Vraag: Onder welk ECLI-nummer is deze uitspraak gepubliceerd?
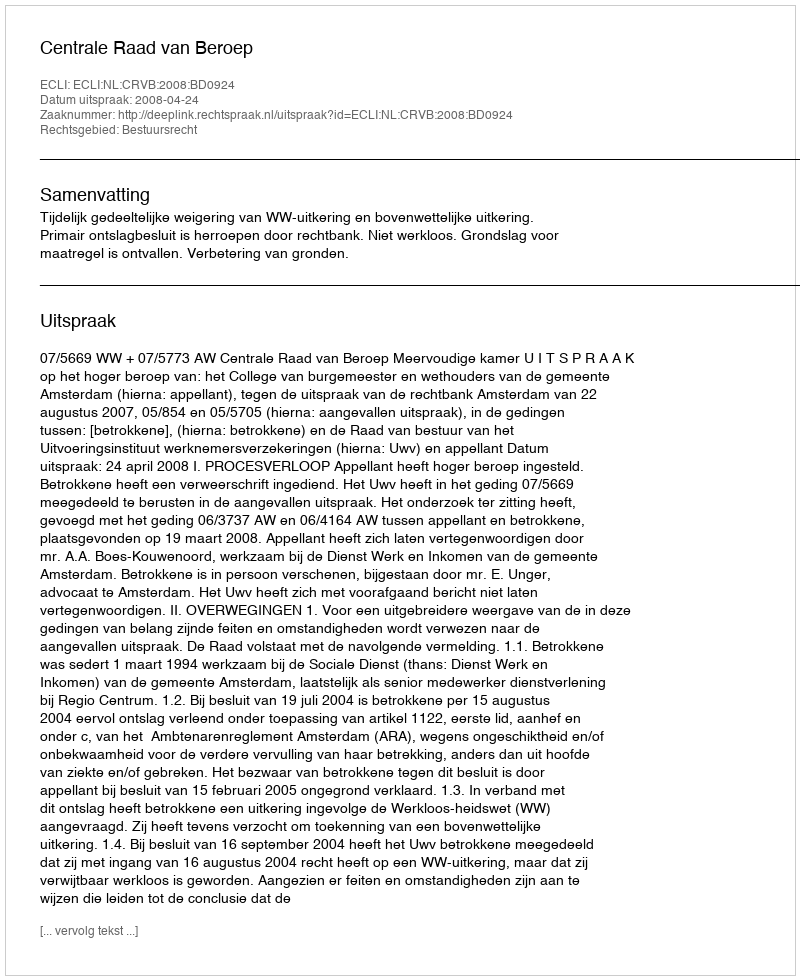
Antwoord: ECLI:NL:CRVB:2008:BD0924